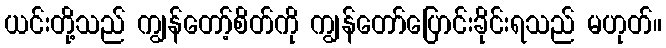
ယင်းတို့သည် ကျွန်တော့်စိတ်ကို ကျွန်တော်ပြောင်းခိုင်းရသည် မဟုတ်။